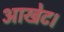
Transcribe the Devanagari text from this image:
आखेट।